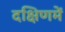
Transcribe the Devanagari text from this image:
दक्षिणमें